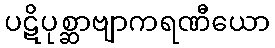
ပဋိပုစ္ဆာဗျာကရဏီယော